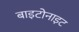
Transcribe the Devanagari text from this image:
बाइटोनाइट